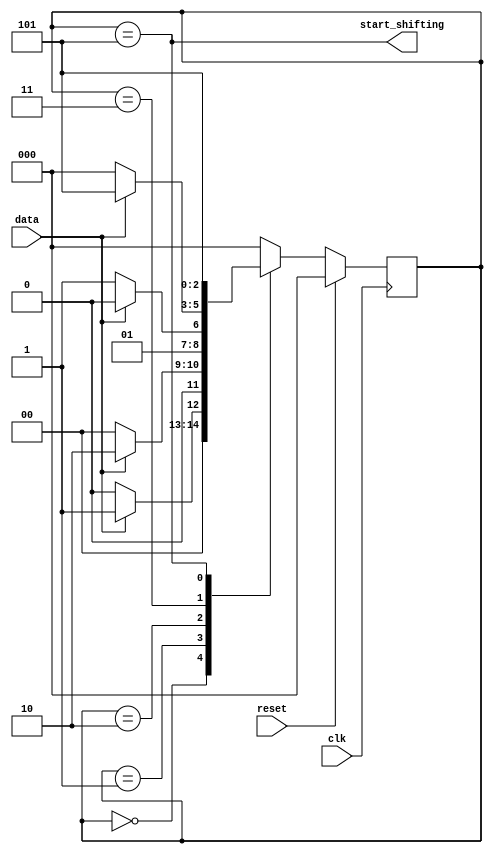
//https://hdlbits.01xz.net/wiki/Exams/review2015_fsmseq

module top_module (
    input clk,
    input reset,      // Synchronous reset
    input data,
    output start_shifting);


    parameter INIT = 3'b000, A=3'b001,B=3'b010,C=3'b011,D=3'b101;

    reg[2:0] state;
    reg[2:0] next_state;

    always @(*) begin
        case (state)
            INIT:next_state = data? A:INIT; 
            A:  next_state = data? B:INIT;
            B:  next_state = data? B:C;
            C:  next_state = data? D:INIT;
            D:  next_state = D;
            default: next_state = INIT;
        endcase
    end

    always @(posedge clk ) begin
        if(reset)
            state <= INIT;
        else
            state <= next_state;
    end

    assign start_shifting=(state==D);
endmodule